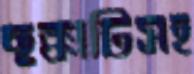
ছক্কাটিসহ